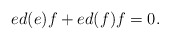
\begin{align*} ed(e)f+ed(f)f=0.\end{align*}